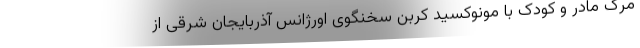
مرگ مادر و کودک با مونوکسید کربن سخنگوی اورژانس آذربایجان شرقی از